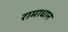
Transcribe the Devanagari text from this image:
रामाधान